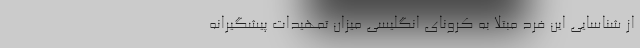
از شناسایی این فرد مبتلا به کرونای انگلیسی میزان تمهیدات پیشگیرانه